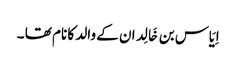
اِیَاس بن خَالِد ان کے والد کا نام تھا ۔